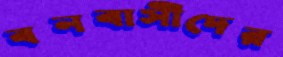
বনবাসীদের